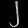
Digit: ၂